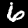
Label: 6